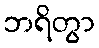
ဘရိတွာ